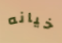
خيانه